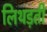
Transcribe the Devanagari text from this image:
लिथड़ती